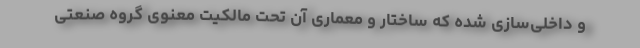
و داخلی‌سازی شده که ساختار و معماری آن تحت مالکیت معنوی گروه صنعتی